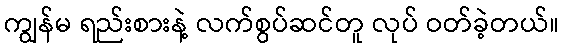
ကျွန်မ ရည်းစားနဲ့ လက်စွပ်ဆင်တူ လုပ် ဝတ်ခဲ့တယ်။